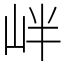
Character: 𡶡